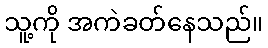
သူ့ကို အကဲခတ်နေသည်။